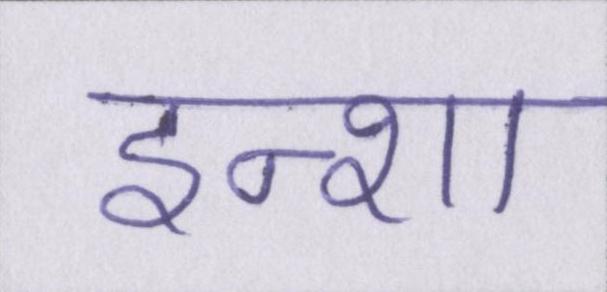
इन्शा